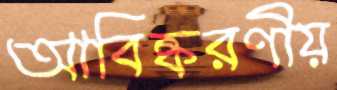
আবিষ্করণীয়